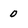
Character: 0